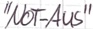
Text: "Not-Aus"